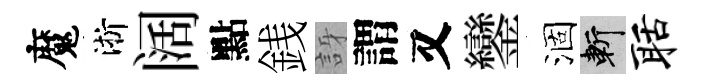
魔淅阔點銭訝謂又鑾涸斬聒